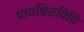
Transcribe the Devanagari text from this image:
प्रायश्चित्तविधि